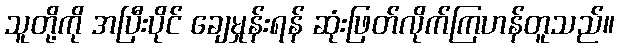
သူတို့ကို အပြီးပိုင် ချေမှုန်းရန် ဆုံးဖြတ်လိုက်ကြဟန်တူသည်။